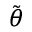
\scriptstyle { \tilde { \theta } }